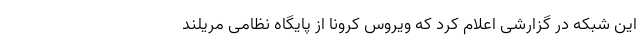
این شبکه در گزارشی اعلام کرد که ویروس کرونا از پایگاه نظامی مریلند